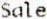
SALE